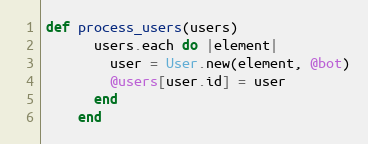
Language: Ruby
def process_users(users)
      users.each do |element|
        user = User.new(element, @bot)
        @users[user.id] = user
      end
    end